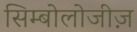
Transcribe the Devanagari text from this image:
सिम्बोलोजीज़